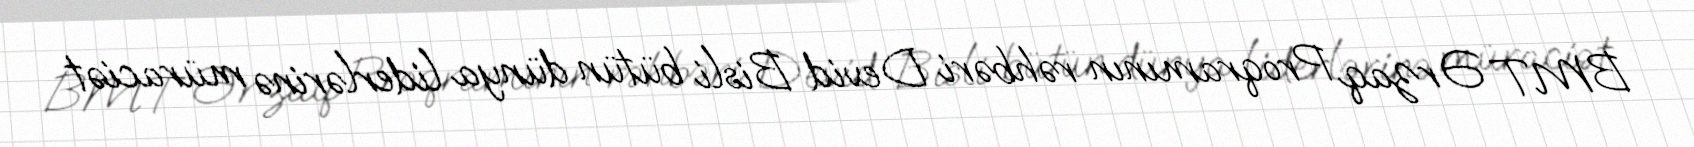
BMT Ərzaq Proqramının rəhbəri Devid Bisli bütün dünya liderlərinə müraciət